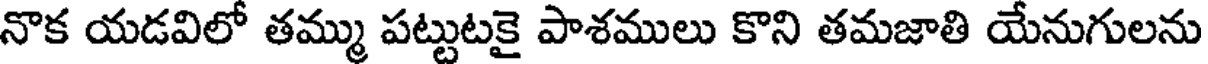
నొక యడవిలో తమ్ము పట్టుటకై పాశములు కొని తమజాతి యేనుగులను